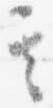
其